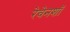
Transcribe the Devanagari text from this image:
रेवेनशॉ